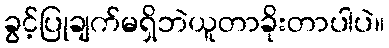
ခွင့်ပြုချက်မရှိဘဲယူတာခိုးတာပါပဲ။